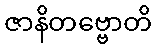
ဇာနိတဗ္ဗောတိ